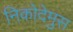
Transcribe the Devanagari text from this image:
निकोदेमुस